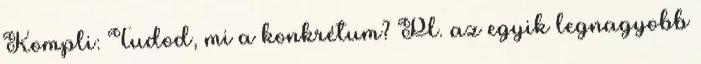
Kompli: Tudod, mi a konkrétum? Pl. az egyik legnagyobb